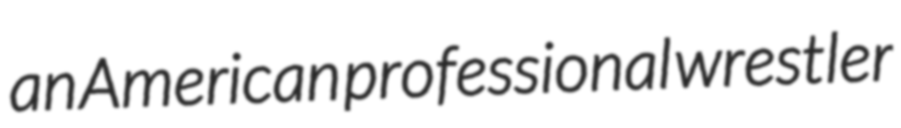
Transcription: an American professional wrestler